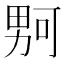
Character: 𪟡